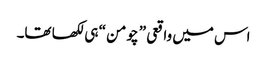
اس میں واقعی ” چومن “ ہی لکھا تھا۔